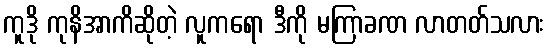
ကူဒို ကုနိအာကိဆိုတဲ့ လူကရော ဒီကို မကြာခဏ လာတတ်သလား